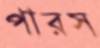
পারস